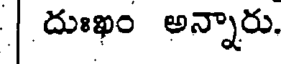
| దుఃఖం అన్నారు.